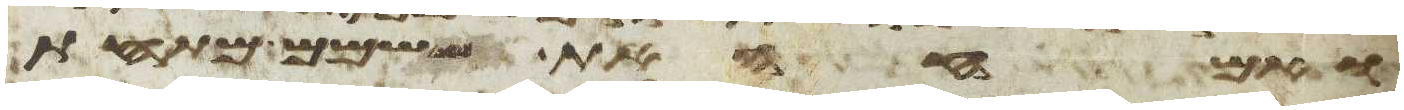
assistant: ואמחה את שמם מתחת